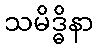
သမိဒ္ဓိနာ